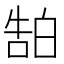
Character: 𬐊